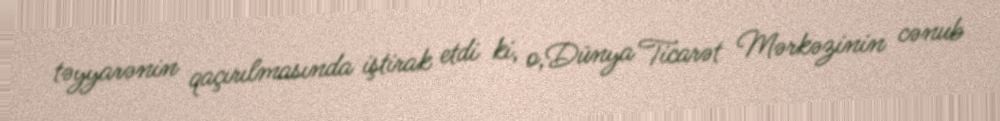
təyyarənin qaçırılmasında iştirak etdi ki, o,Dünya Ticarət Mərkəzinin cənub